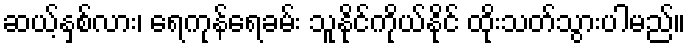
ဆယ့်နှစ်လား၊ ရေကုန်ရေခမ်း သူနိုင်ကိုယ်နိုင် ထိုးသတ်သွားပါမည်။